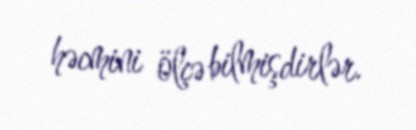
həcmini ölçə bilmişdirlər.